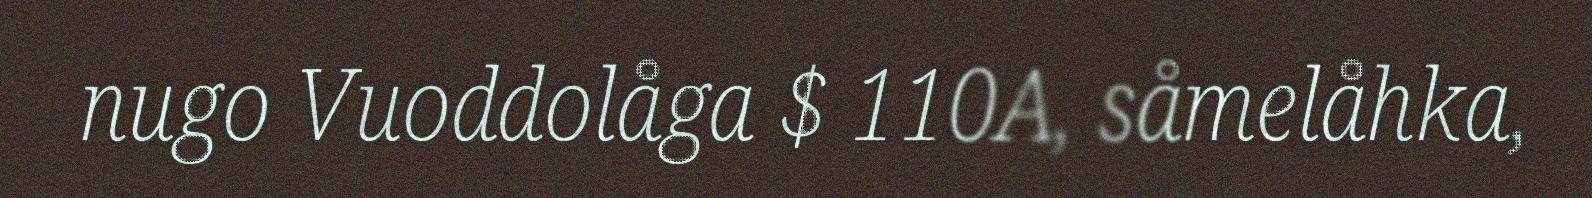
nugo Vuoddolåga $ 110A, såmelåhka,